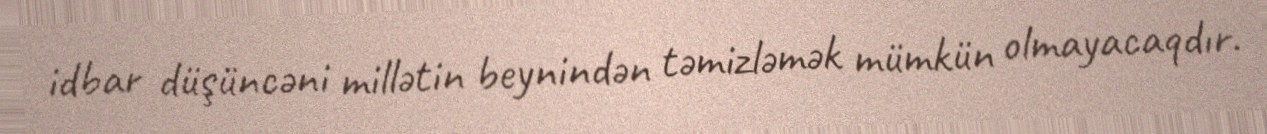
idbar düşüncəni millətin beynindən təmizləmək mümkün olmayacaqdır.